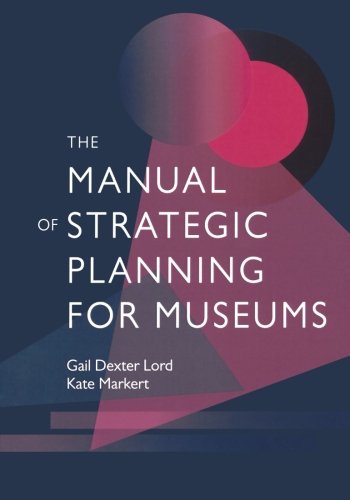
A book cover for The Manual of Strategic Planning for Museums; Gail Dexter Lord; Business & Money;